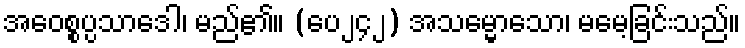
အဝေစ္စပ္ပသာဒေါ၊ မည်၏။ (ပေ၂၄၂) အသမ္မောသော၊ မမေ့ခြင်းသည်။